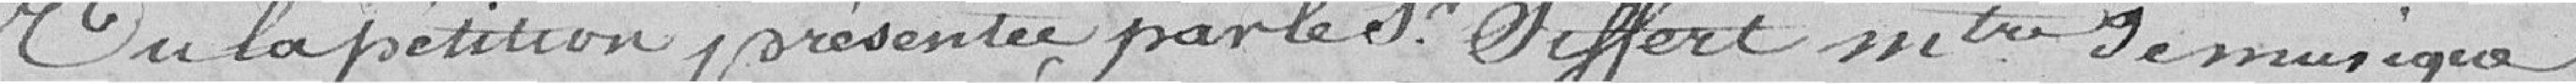
Vu la pétition présentée par le sieur Siffert, Maître de musique